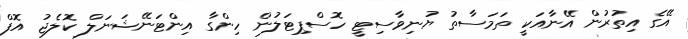
އޭގެ އިތުރުން އޭނާއަކީ ތަމަސާތު ޔުނިވާސިޓީ ހޮސްޕިޓަލުން ހިންގާ އިންޓަނޭޝަނަލް ކޮލެޖު އޮފް